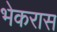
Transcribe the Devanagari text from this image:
भेकरास